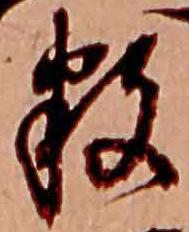
数